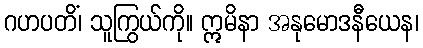
ဂဟပတိံ၊ သူကြွယ်ကို။ ဣမိနာ အနုမောဒနီယေန၊